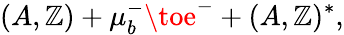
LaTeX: (A,\mathbb{Z})+\mu_{b}^{-}\toe^{-}+(A,\mathbb{Z})^{*},